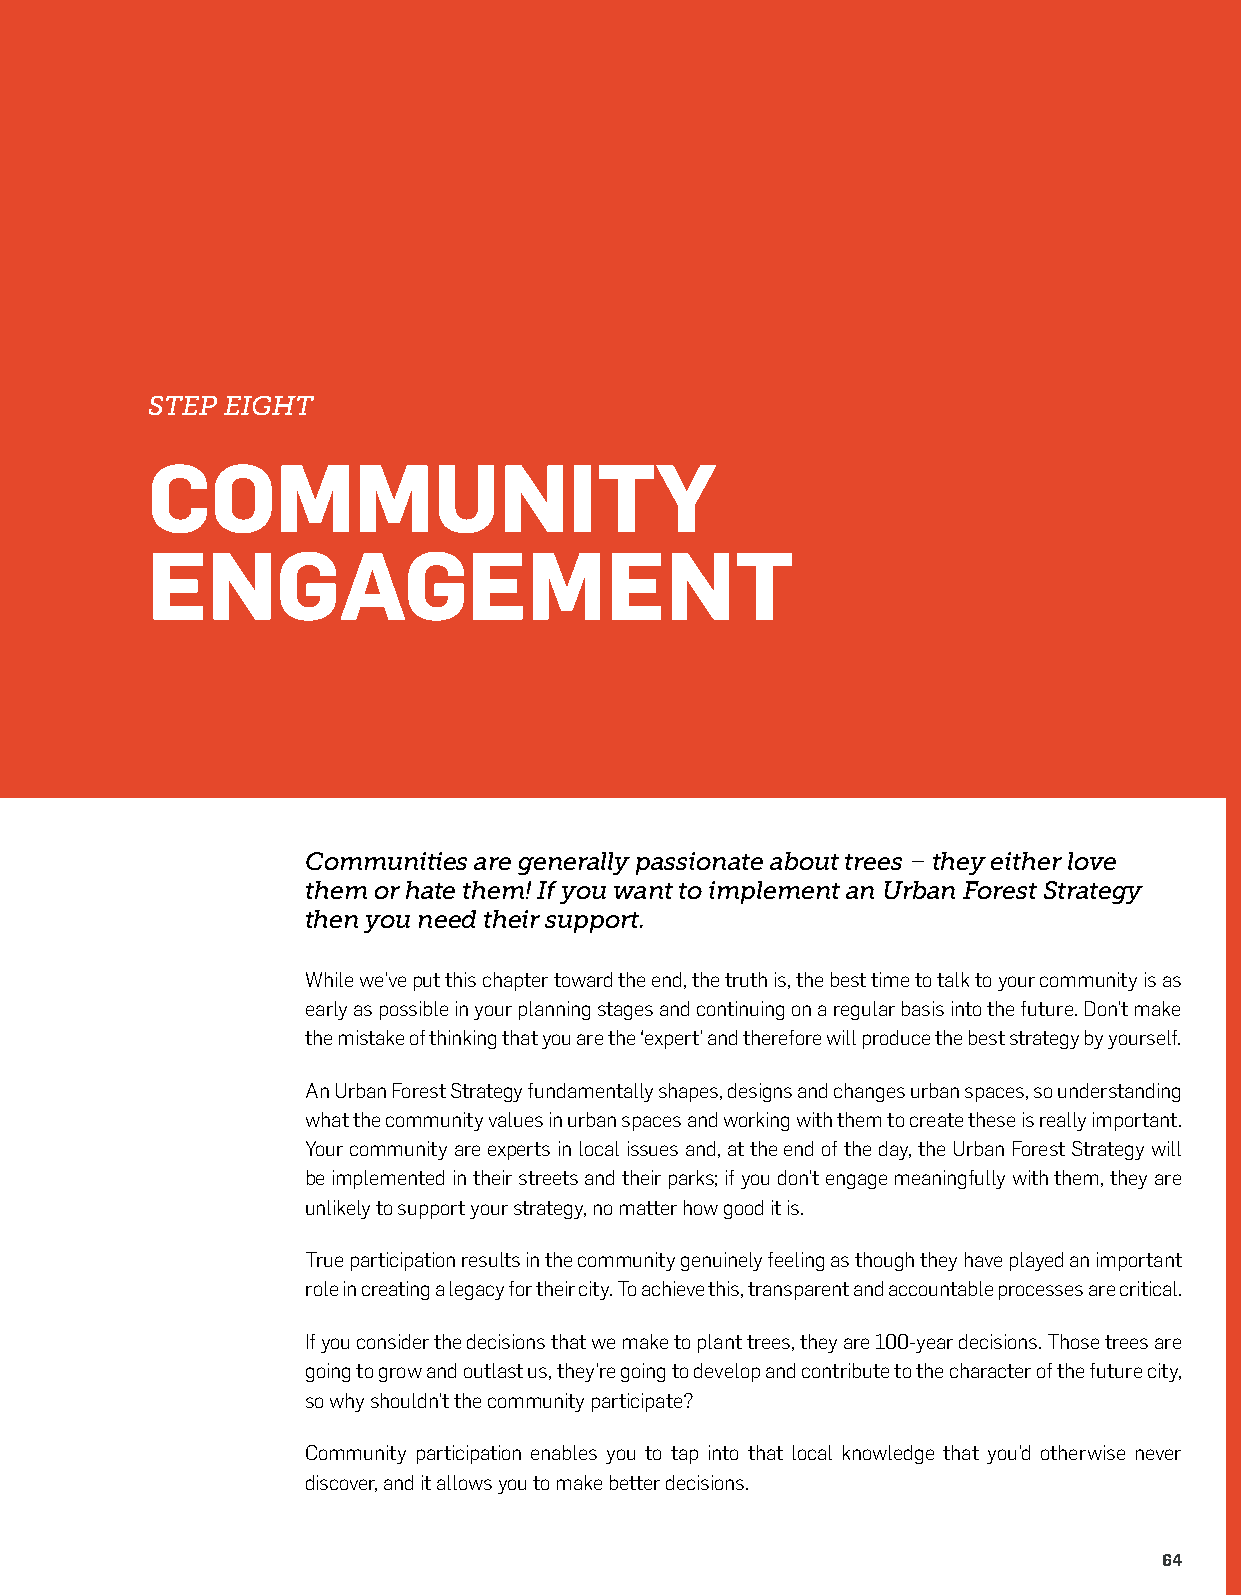
STEP EIGHT
 COMMUNITY
 ENGAGEMENT
 Communities are generally passionate about trees – they either love
 them or hate them! If you want to implement an Urban Forest Strategy
 then you need their support.
 While we’ve put this chapter toward the end, the truth is, the best time to talk to your community is as
 early as possible in your planning stages and continuing on a regular basis into the future. Don’t make
 the mistake of thinking that you are the ‘expert’ and therefore will produce the best strategy by yourself.
 An Urban Forest Strategy fundamentally shapes, designs and changes urban spaces, so understanding
 what the community values in urban spaces and working with them to create these is really important.
 Your community are experts in local issues and, at the end of the day, the Urban Forest Strategy will
 be implemented in their streets and their parks; if you don’t engage meaningfully with them, they are
 unlikely to support your strategy, no matter how good it is.
 True participation results in the community genuinely feeling as though they have played an important
 role in creating a legacy for their city. To achieve this, transparent and accountable processes are critical.
 If you consider the decisions that we make to plant trees, they are 100-year decisions. Those trees are
 going to grow and outlast us, they’re going to develop and contribute to the character of the future city,
 so why shouldn’t the community participate?
 Community participation enables you to tap into that local knowledge that you’d otherwise never
 discover, and it allows you to make better decisions.
 64